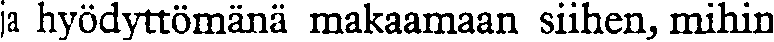
ja hyödyttömänä makaamaan siihen, mihin